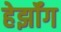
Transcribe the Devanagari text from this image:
हेर्झॉग